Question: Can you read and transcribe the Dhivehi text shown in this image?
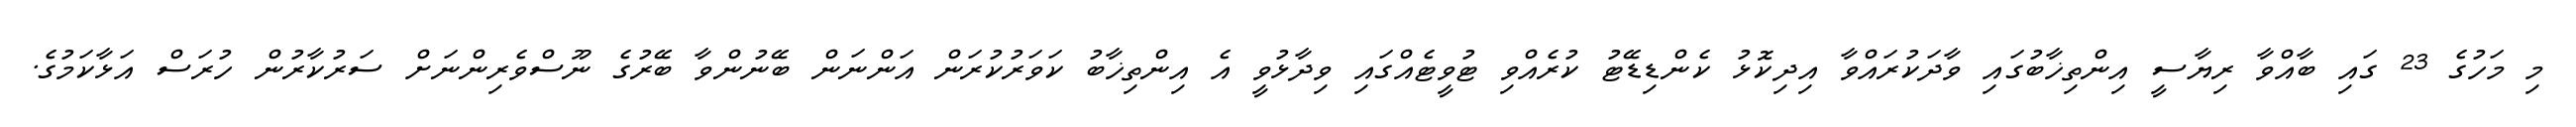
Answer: މި މަހުގެ 23 ގައި ބާއްވާ ރިޔާސީ އިންތިޚާބުގައި ވާދަކުރައްވާ އިދިކޮޅު ކެންޑިޑޭޓު ކުރެއްވި ޓުވީޓެއްގައި ވިދާޅުވީ އެ އިންތިޚާބު ކަވަރުކުރަން އަންނަން ބޭނުންވާ ބޭރުގެ ނޫސްވެރިންނަށް ސަރުކާރުން ހުރަސް އަޅާކަމުގެ.